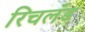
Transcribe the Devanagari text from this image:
रिचलँड